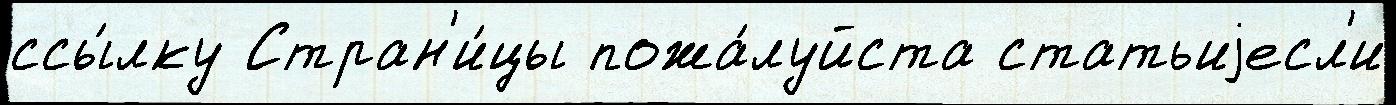
ссы́лку Стран'и́цы пожа́луйста статьиjесл'и